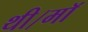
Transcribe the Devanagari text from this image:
थी।माॅ